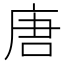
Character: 唐